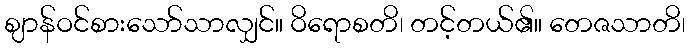
ဈာန်ဝင်စားသော်သာလျှင်။ ဝိရောစတိ၊ တင့်တယ်၏။ တေဇသာတိ၊